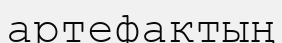
артефактың